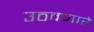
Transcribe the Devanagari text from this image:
उठवणारे